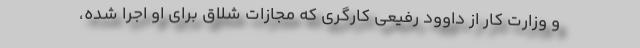
و وزارت کار از داوود رفیعی کارگری که مجازات شلاق برای او اجرا شده،